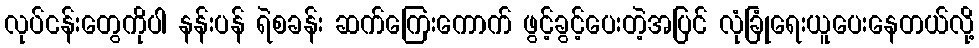
လုပ်ငန်းတွေကိုပါ နန်းပန် ရဲစခန်း ဆက်ကြေးကောက် ဖွင့်ခွင့်ပေးတဲ့အပြင် လုံခြုံရေးယူပေးနေတယ်လို့